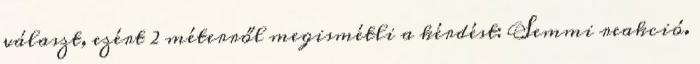
választ, ezért 2 méterről megismétli a kérdést: Semmi reakció.